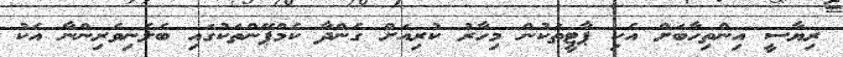
ރިޔާސީ އިންތިހާބަށް އެކި ޕާޓީތަކުން މިހާރު ކުރިއަށް ގެންދާ ކެމްޕޭންތަކުގައި ބެލެނިވެރިންނާ އެކު